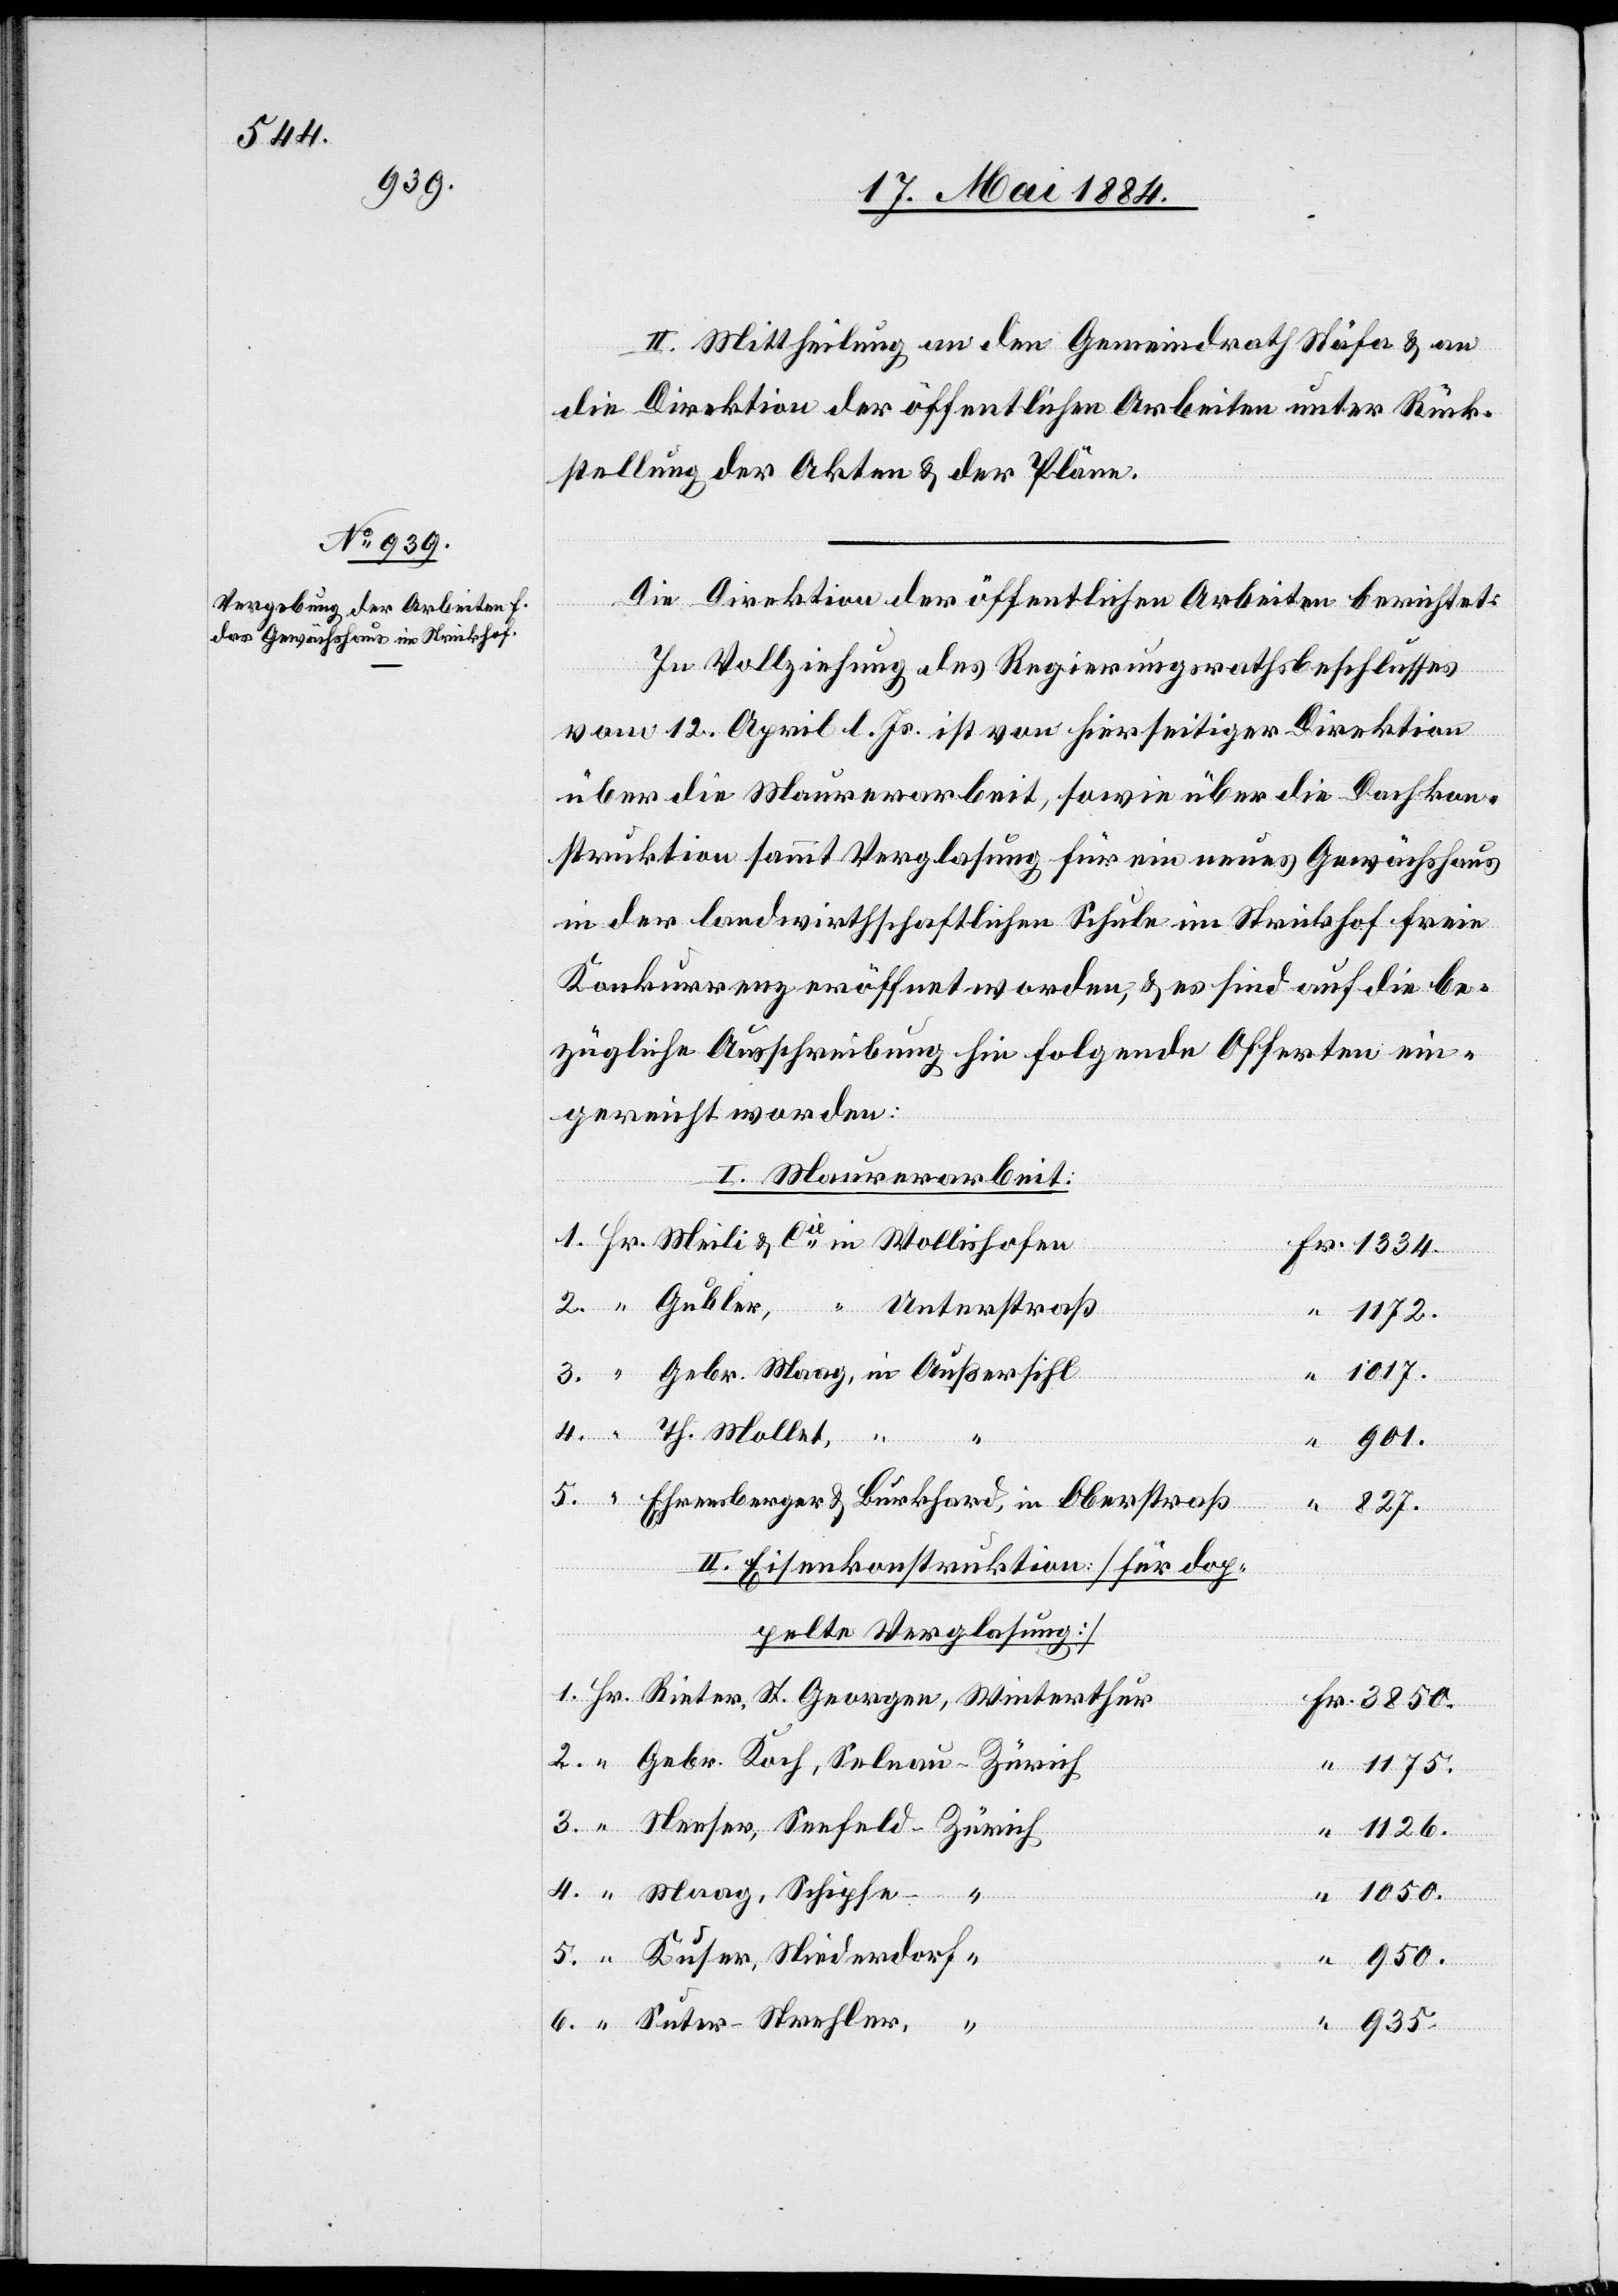
II. Mittheilung an den Gemeindrath Stäfa & an
die Direktion der öffentlichen Arbeiten unter Rück¬
stellung der Akten & Pläne.
Die Direktion der öffentlichen Arbeiten berichtet:
In Vollziehung des Regierungsrathsbeschlusses
rdorf
vom 12. April l. Js. ist von hierseitiger Direktion
über die Maurervorarbeit, sowie über die Dachkon¬
struktion sammt Verglasung für ein neues Gewächshaus
in der landwirthschaftlichen Schule im Strickhof freie
Konkurrenz eröffnet worden, & es sind auf die be¬
zügliche Ausschreibung hin folgende Offerten ein¬
gereicht worden:
I. Maurerarbeit:
Unterstraß
1.
1175.
1017.
4.
Kuser,
“
950.
6.
Ehrensperger & Burkhard, in Oberstraß
4.
1126.
II. Eisenkonstruktion [für dop¬
pelte Verglasung]
in
935.